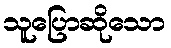
သူပြောဆိုသော